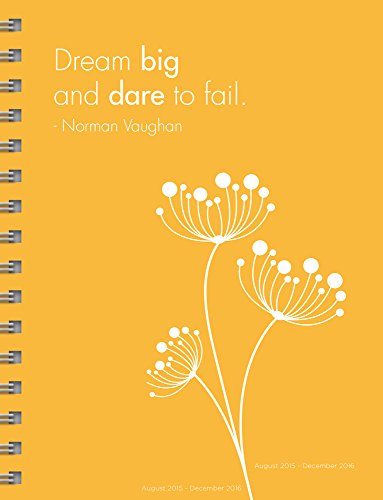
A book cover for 2016 Inspire 17 Month Spiral Planner; TF Publishing; Calendars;